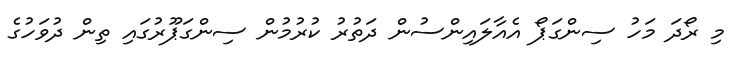
މި ރޯދަ މަހު ސިންގަޕޯ އެއާލައިންސުން ދަތުރު ކުރުމުން ސިންގަޕޫރުގައި ތިން ދުވަހުގެ